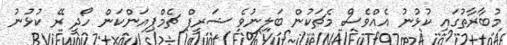
މުބާރާތުގައި ކުޅުނު އެއްވެސް މެޗަކުން ބަލިނުވެ ޝަރީފް ޗެމްޕިއަންކަން ހޯދީ ރޭ ކުޅުނު